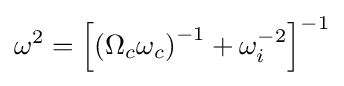
\omega ^{2}={\left[{\left(\Omega _{c}\omega _{c}\right)}^{-1}+\omega _{i}^{-2}\right]}^{-1}